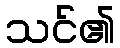
သင်၏